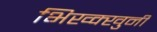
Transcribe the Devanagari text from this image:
भिख्क्खुनी